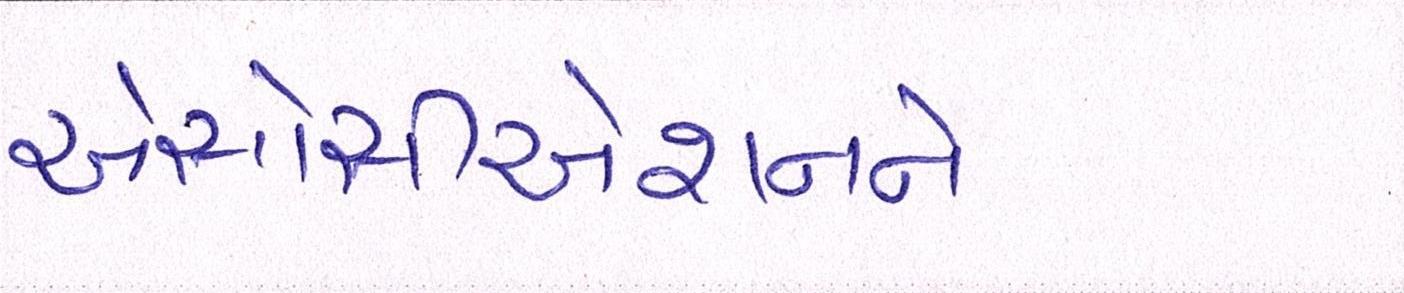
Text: એસોસીએશનને